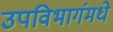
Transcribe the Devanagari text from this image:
उपविभागंमधे